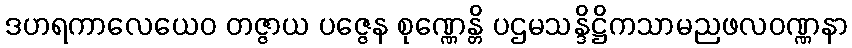
ဒဟရကာလေယေဝ တဇ္ဇာယ ပဇ္ဇေန စုဏ္ဏေန္တိ ပဌမသန္ဒိဋ္ဌိကသာမညဖလဝဏ္ဏနာ